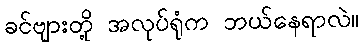
ခင်ဗျားတို့ အလုပ်ရုံက ဘယ်နေရာလဲ။